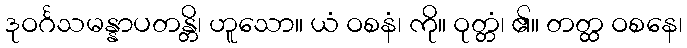
ဒုဝင်္ဂသမန္နာပတန္တိ၊ ဟူသော။ ယံ ဝစနံ၊ ကို။ ဝုတ္တံ၊ ၏။ တတ္ထ ဝစနေ၊